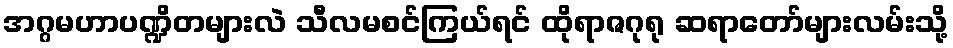
အဂ္ဂမဟာပဏ္ဍိတများလဲ သီလမစင်ကြယ်ရင် ထိုရာဇဂုရု ဆရာတော်များလမ်းသို့